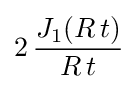
2\,{\frac {J_{1}(R\,t)}{R\,t}}